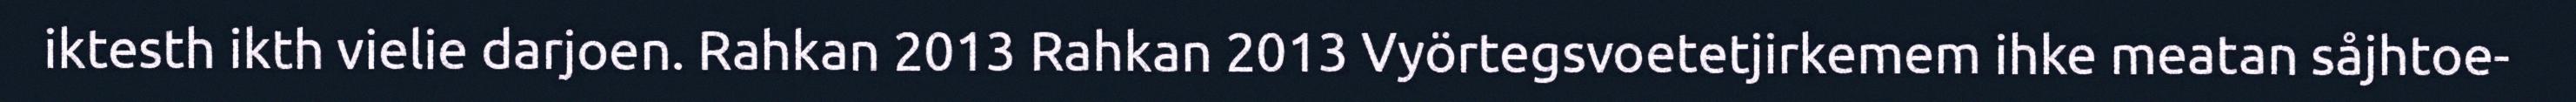
iktesth ikth vielie darjoen. Rahkan 2013 Rahkan 2013 Vyörtegsvoetetjirkemem ihke meatan såjhtoe-